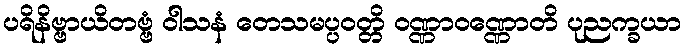
ပရိနိဗ္ဗာယိတဗ္ဗံ ဝါသနံ တေသမပ္ပဝတ္တိ ဝဏ္ဏာဝဏ္ဏောတိ ပုညက္ခယာ